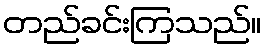
တည်ခင်းကြသည်။